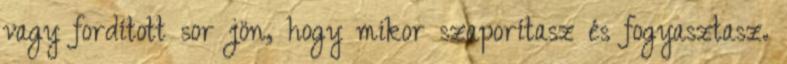
vagy fordított sor jön, hogy mikor szaporítasz és fogyasztasz.